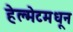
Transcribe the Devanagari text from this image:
हेल्मेटमधून